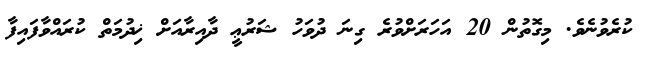
ކުރެވުނެވެ. މިގޮތުން 20 އަހަރަށްވުރެ ގިނަ ދުވަހު ޝަރުޢީ ދާއިރާއަށް ޚިދުމަތް ކުރައްވާފައިފާ